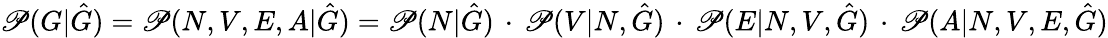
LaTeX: \mathscr{P}(G|\hat{{G}})=\mathscr{P}(N,V,E,A|\hat{{G}})=\mathscr{P}(N|\hat{{G}})\, \cdot\, \mathscr{P}(V|N,\hat{{G}})\, \cdot\, \mathscr{P}(E|N,V,\hat{{G}})\, \cdot\, \mathscr{P}(A|N,V,E,\hat{{G}})